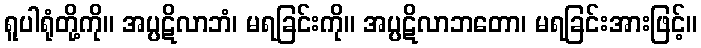
ရူပါရုံတို့ကို။ အပ္ပဋိလာဘံ၊ မရခြင်းကို။ အပ္ပဋိလာဘတော၊ မရခြင်းအားဖြင့်။